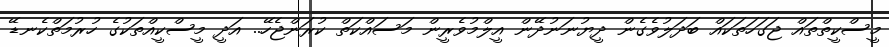
މީސްކީތްތައް ޖަގަހަތަކައް ބަދަލުވެގެން ދީޔުނަނުދޭން އީލްމުވެރީން މަސައްކަތް ކުރަންޖެހޭ.. އަދީ މީސްކީއްތަކުގެ ހުރުމަތްކެނޑޭ